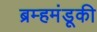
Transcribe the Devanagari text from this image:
ब्रम्हमंडूकी